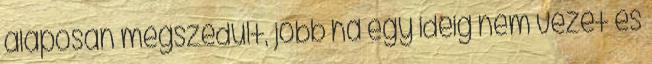
alaposan megszédült, jobb ha egy ideig nem vezet és